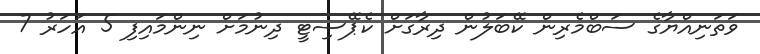
ވަތަނިއްޔާގެ ސަބްމެރިން ކޭބަލުން ދިރާގަށް ކެޕޭސިޓީ ދިނުމަށް ނިންމައިފި 5 އަހަރު 7